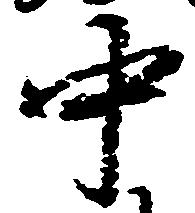
中